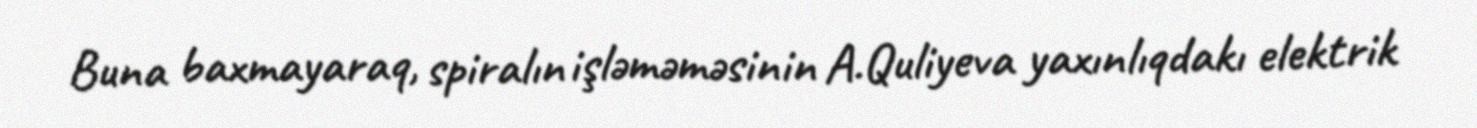
Buna baxmayaraq, spiralın işləməməsinin A.Quliyeva yaxınlıqdakı elektrik